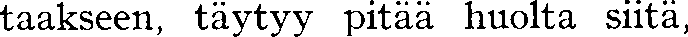
taakseen, täytyy pitää huolta siitä,